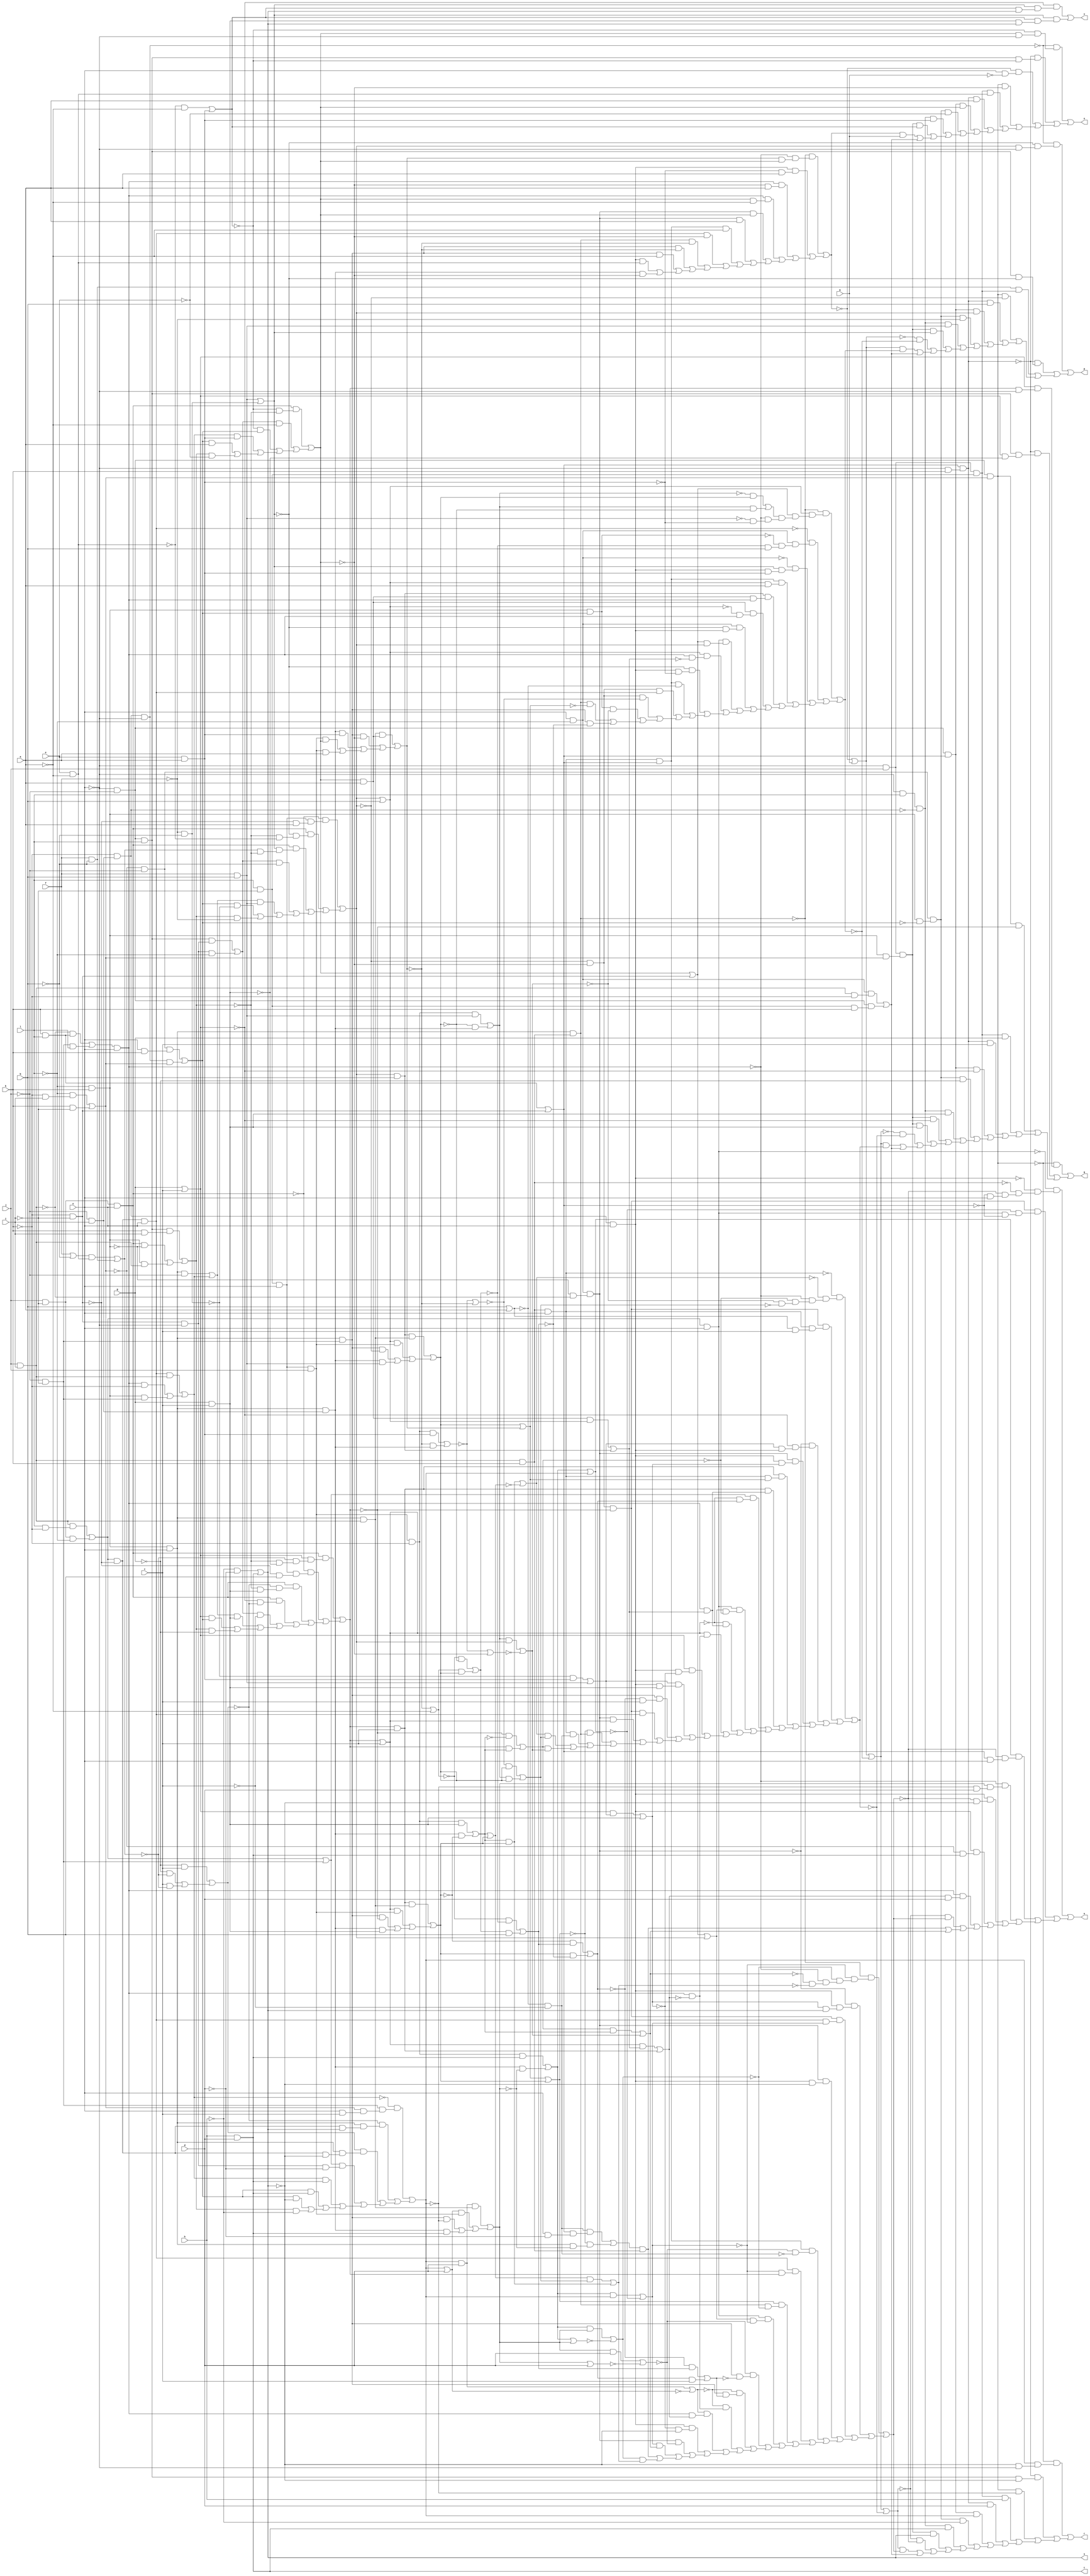
// IWLS benchmark module "alu4_cl" printed on Wed May 29 16:27:36 2002
module alu4_cl(a, b, c, d, e, f, g, h, i, j, k, l, m, n, o, p, q, r, s, t, u, v);
input
  a,
  b,
  c,
  d,
  e,
  f,
  g,
  h,
  i,
  j,
  k,
  l,
  m,
  n;
output
  o,
  p,
  q,
  r,
  s,
  t,
  u,
  v;
wire
  \[5] ,
  \[99] ,
  \[45] ,
  \[6] ,
  \[46] ,
  \[7] ,
  \[71] ,
  \[47] ,
  \[8] ,
  \[72] ,
  \[48] ,
  \[9] ,
  \[73] ,
  \[49] ,
  \[74] ,
  \[20] ,
  \[75] ,
  \[21] ,
  \[76] ,
  \[22] ,
  \[77] ,
  \[23] ,
  \[78] ,
  \[24] ,
  \[79] ,
  \[25] ,
  \[50] ,
  \[26] ,
  \[27] ,
  \[52] ,
  \[28] ,
  \[53] ,
  \[29] ,
  \[54] ,
  a1,
  a2,
  a3,
  \[55] ,
  b2,
  b3,
  b4,
  \[80] ,
  \[56] ,
  c1,
  c2,
  c4,
  \[57] ,
  d4,
  \[58] ,
  e1,
  e4,
  \[59] ,
  f1,
  g1,
  \[30] ,
  g2,
  g3,
  g4,
  h1,
  \[31] ,
  \[86] ,
  i1,
  \[32] ,
  i3,
  j1,
  \[33] ,
  j4,
  \[34] ,
  k3,
  k4,
  \[35] ,
  l2,
  \[60] ,
  m1,
  \[36] ,
  m2,
  \[61] ,
  \[37] ,
  n3,
  \[62] ,
  \[38] ,
  o3,
  p0,
  \[63] ,
  p1,
  \[39] ,
  p2,
  q0,
  \[64] ,
  q2,
  \[10] ,
  q3,
  \[65] ,
  r1,
  \[11] ,
  r3,
  s1,
  \[12] ,
  s3,
  t0,
  \[67] ,
  \[13] ,
  \[68] ,
  u2,
  \[14] ,
  u3,
  v0,
  \[69] ,
  v2,
  \[15] ,
  \[0] ,
  \[94] ,
  w0,
  w1,
  \[40] ,
  w2,
  \[16] ,
  w3,
  \[1] ,
  \[41] ,
  \[17] ,
  x3,
  \[2] ,
  \[96] ,
  y0,
  y1,
  \[42] ,
  y2,
  \[18] ,
  \[3] ,
  \[97] ,
  z0,
  \[43] ,
  z2,
  z3,
  \[4] ,
  \[98] ,
  \[44] ;
assign
  \[5]  = h & d,
  \[99]  = w0 & ~n,
  \[45]  = v0 & n,
  \[6]  = (~\[44]  & (~\[11]  & (~v0 & (~p0 & (~r1 & n))))) | ((\[97]  & (~\[60]  & (\[44]  & ~r1))) | ((\[60]  & (~p0 & (r1 & n))) | ((~\[9]  & (t0 & (~h1 & d))) | ((\[11]  & (~p0 & ~\[4] )) | ((\[11]  & (~s1 & \[5] )) | ((\[9]  & (c1 & d)) | ((~\[50]  & p0) | ((\[21]  & v0) | i1)))))))),
  \[46]  = ~n & l,
  \[7]  = (~\[22]  & (\[20]  & (\[8]  & \[4] ))) | (\[20]  & (\[8]  & (a2 & \[4] ))),
  \[71]  = \[12]  & r1,
  \[47]  = z0 | t0,
  \[8]  = (~n3 & ~a) | k3,
  \[72]  = 0,
  \[48]  = (b4 & ~j) | k4,
  \[9]  = g2 & n,
  \[73]  = r1 & (~n & k),
  \[49]  = \[17]  | v2,
  \[74]  = c4 & ~k,
  \[20]  = q2 | p2,
  \[75]  = ~m2 & ~i3,
  o = \[0] ,
  \[21]  = (y0 & (r1 & (n & ~d))) | (~\[49]  & (b4 & ~t0)),
  p = \[1] ,
  q = \[2] ,
  r = \[3] ,
  s = \[4] ,
  t = \[5] ,
  u = \[6] ,
  v = \[7] ,
  \[76]  = h1 & d,
  \[22]  = g | c,
  \[77]  = 0,
  \[23]  = (u2 & v2) | ~\[86] ,
  \[78]  = \[27]  & p1,
  \[24]  = j & ~i,
  \[79]  = \[45]  & r1,
  \[25]  = ~w3 | ~i3,
  \[50]  = \[26]  | ~w1,
  \[26]  = \[15]  | ~l2,
  \[27]  = ~n & j,
  \[52]  = \[12]  & l,
  \[28]  = m2 | b,
  \[53]  = \[27]  & (u3 & s1),
  \[29]  = (z0 & h1) | ~\[60] ,
  \[54]  = u3 & q0,
  a1 = (\[86]  & w2) | (u2 & v2),
  a2 = g & c,
  a3 = (~v2 & x3) | (v2 & ~x3),
  \[55]  = n & ~l,
  b2 = c2 & ~m1,
  b3 = (\[58]  & \[28] ) | \[69] ,
  b4 = u3 & n,
  \[80]  = \[12]  & s1,
  \[56]  = ~s1 & ~j,
  c1 = (\[35]  & b3) | \[67] ,
  c2 = (q0 & (l & ~k)) | (\[24]  & ~l),
  c4 = \[33]  & j,
  \[57]  = b2 & n,
  d4 = (\[52]  & (k & i)) | ((\[40]  & ~u3) | \[54] ),
  \[58]  = i3 & a,
  e1 = (\[22]  & \[14] ) | a2,
  e4 = (\[56]  & (n & k)) | (\[99]  & s1),
  \[59]  = t0 | d,
  f1 = ~j & ~i,
  g1 = (~a3 & x3) | (a3 & c),
  \[30]  = \[76]  | ~\[39] ,
  g2 = (~q0 & (k & l)) | (f1 & l),
  g3 = (~\[38]  & (~\[9]  & (q3 & i3))) | ((\[11]  & (~k3 & a)) | ((\[9]  & (~i3 & a)) | ((\[9]  & (i3 & ~a)) | ((\[96]  & i3) | ((\[96]  & a) | ((\[79]  & ~a) | ((\[57]  & ~i3) | ((\[38]  & ~q3) | ((\[13]  & ~q3) | ((\[13]  & ~a) | ((\[11]  & n3) | (z3 & ~i3)))))))))))),
  g4 = (~g & c) | ((~g & ~j4) | (c & ~j4)),
  h1 = (~k4 & (f1 & (s1 & (n & c)))) | ((~g4 & (b4 & (b2 & \[4] ))) | ((g4 & (b4 & (b2 & ~\[4] ))) | ((\[61]  & (\[41]  & ~d)) | ((k4 & \[5] ) | ((e4 & \[5] ) | ((e4 & ~\[4] ) | (d4 & ~h))))))),
  \[31]  = (t0 & d) | ~\[59] ,
  \[86]  = u2 | v2,
  i1 = (y2 & u2) | z2,
  \[32]  = \[16]  | m2,
  i3 = (\[40]  & (~\[8]  & ~d4)) | ((\[94]  & ~a) | ((~\[8]  & e4) | ((k4 & k3) | ((e4 & a) | (d4 & ~e))))),
  j1 = (\[55]  & (q0 & ~k)) | (\[12]  & (p1 & k)),
  \[33]  = p1 & n,
  j4 = (\[62]  & n3) | \[98] ,
  \[34]  = s3,
  k3 = e & a,
  k4 = (\[57]  & q0) | ((\[9]  & ~k) | (u3 & f1)),
  \[35]  = y1 | c,
  l2 = (~\[38]  & (\[28]  & (\[16]  & (\[10]  & (~\[9]  & (~q2 & ~k3)))))) | ((~\[57]  & (\[55]  & (~\[43]  & (~o3 & b)))) | ((~\[55]  & (\[20]  & (\[11]  & k3))) | ((\[79]  & (\[28]  & a)) | ((\[69]  & (\[58]  & \[9] )) | ((\[58]  & (~\[28]  & \[9] )) | ((\[55]  & (~\[20]  & \[11] )) | ((\[44]  & (\[16]  & m2)) | ((\[28]  & (\[9]  & ~b3)) | ((~\[20]  & (\[11]  & ~k3)) | ((\[79]  & ~\[36] ) | ((\[75]  & \[57] ) | ((\[75]  & ~\[37] ) | ((\[43]  & ~z2) | ((\[38]  & ~\[17] ) | (\[13]  & ~x3))))))))))))))),
  \[60]  = z0 | h1,
  m1 = ~k & ~i,
  \[36]  = b | a,
  m2 = (~\[40]  & (\[33]  & (~m1 & a))) | ((\[40]  & (~\[20]  & (~d4 & ~n3))) | ((\[40]  & (\[20]  & (j4 & ~d4))) | ((\[94]  & ~b) | ((\[48]  & q2) | ((e4 & ~p2) | (d4 & ~f)))))),
  \[61]  = c2 | f1,
  \[37]  = ~w3 | ~q3,
  n3 = e & ~a,
  \[62]  = f | ~b,
  \[38]  = b4 & v0,
  o3 = (~\[63]  & ~r3) | (\[63]  & r3),
  p0 = (~\[38]  & (~\[29]  & (~\[18]  & (~\[9]  & (~i1 & ~a1))))) | ((~\[96]  & (\[11]  & (e1 & \[4] ))) | ((\[97]  & (\[57]  & \[29] )) | ((\[96]  & (\[11]  & ~\[4] )) | ((\[79]  & (~\[31]  & ~y0)) | ((\[57]  & (~\[29]  & y1)) | ((\[49]  & (\[38]  & ~\[18] )) | ((\[44]  & (\[32]  & ~\[29] )) | ((~\[31]  & (\[13]  & ~g1)) | ((~\[30]  & (\[13]  & g1)) | ((~\[30]  & (\[9]  & ~c1)) | ((\[30]  & (\[9]  & c1)) | ((\[11]  & (~e1 & ~\[4] )) | ((\[96]  & ~\[31] ) | ((\[29]  & i1) | ((\[21]  & v0) | (\[18]  & a1)))))))))))))))),
  \[63]  = ~q3 | ~a,
  p1 = l & ~i,
  \[39]  = h1 | d,
  p2 = ~f & ~b,
  q0 = j & i,
  \[64]  = b4 & q0,
  q2 = f & b,
  \[10]  = (~s3 & r3) | (s3 & ~r3),
  q3 = (\[64]  & \[58] ) | ((\[13]  & ~i3) | ((z3 & k3) | ((c4 & i3) | (c4 & a)))),
  \[65]  = \[46]  & ~w0,
  r1 = (l & k) | m1,
  \[11]  = w0 & n,
  r3 = (\[69]  & \[64] ) | ((\[28]  & c4) | ((\[13]  & ~m2) | (z3 & q2))),
  s1 = (~l & (~k & i)) | (k & ~i),
  \[12]  = ~n & ~j,
  s3 = (\[74]  & q2) | (~r3 & z3),
  t0 = (\[76]  & \[64] ) | ((\[39]  & c4) | ((\[13]  & ~h1) | (z3 & \[5] ))),
  \[67]  = y1 & c,
  \[13]  = b4 & f1,
  \[68]  = \[56]  & (u3 & ~e4),
  u2 = (\[74]  & a2) | (z3 & ~v2),
  \[14]  = (~p2 & k3) | q2,
  u3 = ~l & k,
  v0 = q0 & k,
  \[69]  = m2 & b,
  v2 = (\[67]  & \[64] ) | ((\[35]  & c4) | ((\[13]  & ~y1) | (z3 & a2))),
  \[15]  = ~g3 | m,
  \[0]  = (~\[99]  & (~\[8]  & (i3 & ~n))) | ((~\[73]  & (\[52]  & ~\[8] )) | ((~g3 & (n & ~m)) | ((\[80]  & ~i3) | ((\[78]  & n3) | ((\[73]  & a) | ((\[71]  & i3) | ((\[68]  & ~e) | ((\[65]  & k3) | ((\[53]  & \[8] ) | ((g3 & m) | j1)))))))))),
  \[94]  = (\[52]  & \[41] ) | (\[41]  & ~l),
  w0 = ~k & (~j & i),
  w1 = (~\[45]  & (~\[23]  & (~\[9]  & (~y2 & (~z2 & ~w2))))) | ((\[97]  & (\[45]  & (\[36]  & c))) | ((~\[96]  & (~\[22]  & (\[14]  & \[11] ))) | ((\[96]  & (\[11]  & e1)) | ((\[67]  & (\[45]  & \[17] )) | ((\[67]  & (\[9]  & b3)) | ((\[61]  & (~\[35]  & a3)) | ((\[44]  & (\[32]  & ~y2)) | ((~\[35]  & (\[9]  & b3)) | ((\[35]  & (\[9]  & ~c1)) | ((\[22]  & (\[11]  & ~e1)) | ((\[14]  & (\[11]  & a2)) | ((\[13]  & (~a3 & c)) | ((\[97]  & \[57] ) | ((\[96]  & \[35] ) | ((~\[49]  & \[38] ) | ((\[45]  & y0) | ((\[23]  & w2) | (y2 & z2)))))))))))))))))),
  \[40]  = \[24]  & n,
  w2 = (~\[37]  & r3) | (s3 & r3),
  \[16]  = i3 | m1,
  w3 = (\[74]  & k3) | (~q3 & z3),
  \[1]  = (~\[99]  & (~\[20]  & (m2 & ~n))) | ((~\[73]  & (\[52]  & ~\[20] )) | ((\[98]  & \[78] ) | ((\[80]  & ~m2) | ((\[73]  & b) | ((\[71]  & m2) | ((\[68]  & ~f) | ((\[65]  & q2) | ((\[53]  & \[20] ) | ((~\[15]  & ~l2) | ((\[15]  & l2) | j1)))))))))),
  \[41]  = m1 & ~n,
  \[17]  = r3 | q3,
  x3 = (~\[63]  & ~o3) | (o3 & b),
  \[2]  = (~\[80]  & (\[22]  & (y1 & ~n))) | ((~\[73]  & (\[52]  & (\[22]  & ~a2))) | ((\[80]  & ~y1) | ((\[78]  & g) | ((\[73]  & c) | ((\[71]  & ~\[22] ) | ((\[68]  & ~g) | ((\[65]  & a2) | ((\[53]  & ~\[22] ) | ((\[53]  & a2) | ((~\[26]  & ~w1) | ((\[26]  & w1) | j1))))))))))),
  \[96]  = \[55]  & (~u3 & ~q0),
  y0 = ~\[36]  & ~c,
  y1 = (\[40]  & (\[22]  & (~j4 & (~d4 & ~a2)))) | ((~\[40]  & (\[33]  & (~m1 & b))) | ((\[40]  & (~g4 & (~d4 & a2))) | ((\[40]  & (~\[22]  & ~g4)) | ((\[94]  & ~c) | ((\[48]  & a2) | ((\[22]  & e4) | (d4 & ~g))))))),
  \[42]  = 0,
  y2 = (~y1 & ~u2) | (y1 & u2),
  \[18]  = (z0 & t0) | ~\[47] ,
  \[3]  = (~\[80]  & (h1 & (~\[4]  & ~n))) | ((~\[73]  & (\[52]  & ~\[4] )) | ((\[80]  & ~h1) | ((\[78]  & h) | ((\[73]  & d) | ((\[71]  & h1) | ((\[68]  & ~h) | ((\[65]  & \[5] ) | ((\[53]  & \[4] ) | ((~\[50]  & ~p0) | ((\[50]  & p0) | j1)))))))))),
  \[97]  = \[75]  & ~y1,
  z0 = (\[74]  & \[5] ) | (z3 & ~t0),
  \[43]  = u3 & e4,
  z2 = (\[34]  & m2) | ~\[25] ,
  z3 = b4 & (~j & i),
  \[4]  = (~h & ~d) | \[5] ,
  \[98]  = f & ~b,
  \[44]  = c2 & n;
endmodule